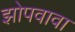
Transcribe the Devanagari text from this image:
झोपवावा